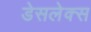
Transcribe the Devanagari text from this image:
डेसलेक्स